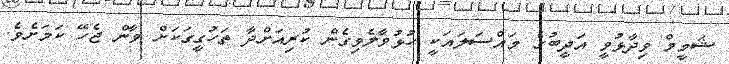
ޝަމީމް ވިދާޅުވީ އަދީބުގެ މައްސަލައަކީ ހުޅުވާލެވިގެން ކުރިއަށްދާ ތަހުގީގަކަށް ވާން ޖެހޭ ކަމަށެވެ.